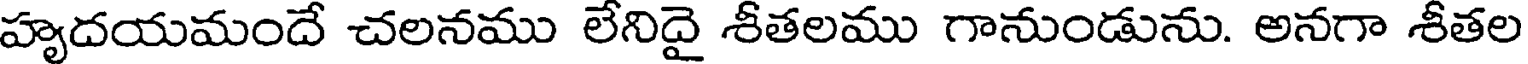
హృదయమందే చలనము లేనిదై శీతలము గానుండును. అనగా శీతల